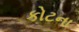
કોટના